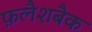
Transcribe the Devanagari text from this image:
फ़लैशबैक